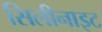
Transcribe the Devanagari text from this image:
सिलीनाइट